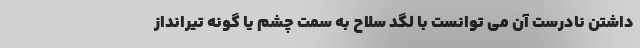
داشتن نادرست آن می توانست با لگد سلاح به سمت چشم یا گونه تیرانداز